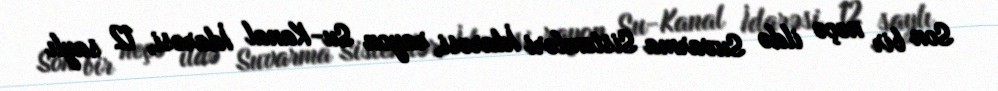
Son bir neçə ildə Suvarma Sistemləri İdarəsi, rayon Su-Kanal İdarəsi, 12 saylı